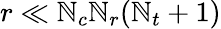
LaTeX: r\ll\mathbb{N}_{c}\mathbb{N}_{r}(\mathbb{N}_{t}+1)